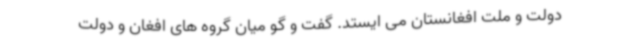
دولت و ملت افغانستان می ایستد. گفت و گو میان گروه های افغان و دولت